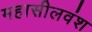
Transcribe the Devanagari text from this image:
महासीलवंश